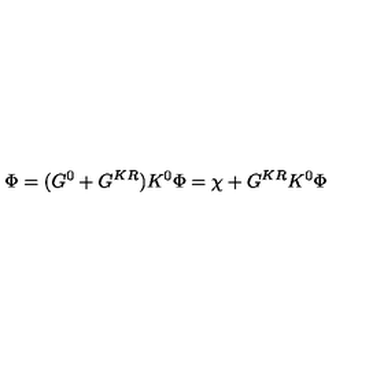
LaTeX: \Phi = ( G ^ { 0 } + G ^ { K R } ) K ^ { 0 } \Phi = \chi + G ^ { K R } K ^ { 0 } \Phi